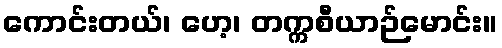
ကောင်းတယ်၊ ဟေ့၊ တက္ကစီယာဉ်မောင်း။